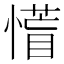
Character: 𭞰